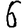
Digit: 6